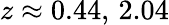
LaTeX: z\approx 0.44,\, 2.04